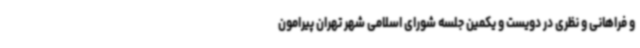
و فراهانی و نظری در دویست و یکمین جلسه شورای اسلامی شهر تهران پیرامون